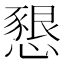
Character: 𢡆